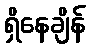
ရှိနေချိန်